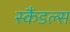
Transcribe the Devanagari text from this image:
स्‍कैंडल्‍स